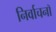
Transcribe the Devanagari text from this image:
निर्वाचनॉ